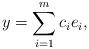
LaTeX: \begin{align*} y = \sum_{i=1}^mc_ie_i,\end{align*}